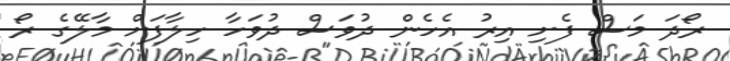
ރޯދަ މަސް ފެށި އިރު އެހެން ދުވަސް ދުވަހާ ހިލާފަށް މާލޭގެ ރޯ